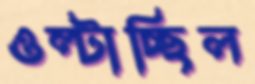
ওল্‌টাচ্ছিল